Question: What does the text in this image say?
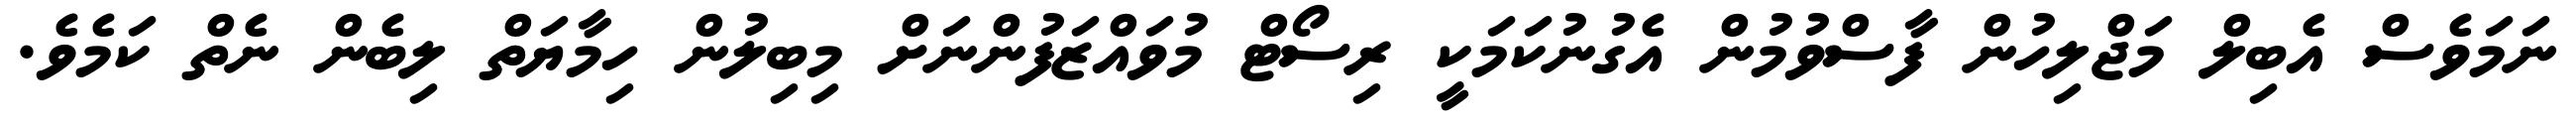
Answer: ނަމަވެސް އެބިލް މަޖްލިހުން ފާސްވުމުން އެގުނުކަމަކީ ރިސޯޓް މުވައްޒަފުންނަށް މިބިލުން ހިމާޔަތް ލިބެން ނެތް ކަމެވެ.